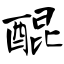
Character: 醌